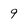
Character: 9